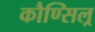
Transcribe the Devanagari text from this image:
कौण्सिल्र